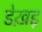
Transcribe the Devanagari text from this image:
डेख़ड़